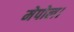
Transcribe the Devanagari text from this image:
मेपोल।